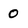
Character: 0